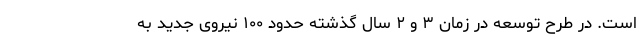
است. در طرح توسعه در زمان ۳ و ۲ سال گذشته حدود ۱۰۰ نیروی جدید به